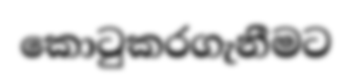
කොටුකරගැනීමට